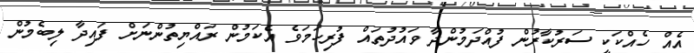
އެއް ހެއްކަކީ ސަރުކާރުން ފުއްދަމުންދާ ވައުދުތައް ފުރިހަމަވެ އެކަމުން ރައްޔިތުންނަށް ފައިދާ ލިބެމުން